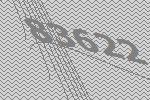
83622